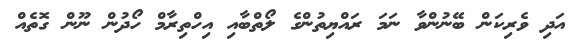
އަދި ވެރިކަން ބޭނުންވާ ނަމަ ރައްޔިތުންގެ ލޯތްބާއި އިހްތިރާމް ހޯދުން ނޫން ގޮތެއް